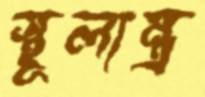
স্থূলান্ত্র